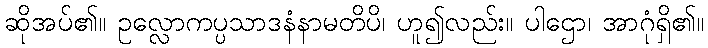
ဆိုအပ်၏။ ဥလ္လောကပ္ပသာဒနံနာမတိပိ၊ ဟူ၍လည်း။ ပါဌော၊ အာဂုံရှိ၏။